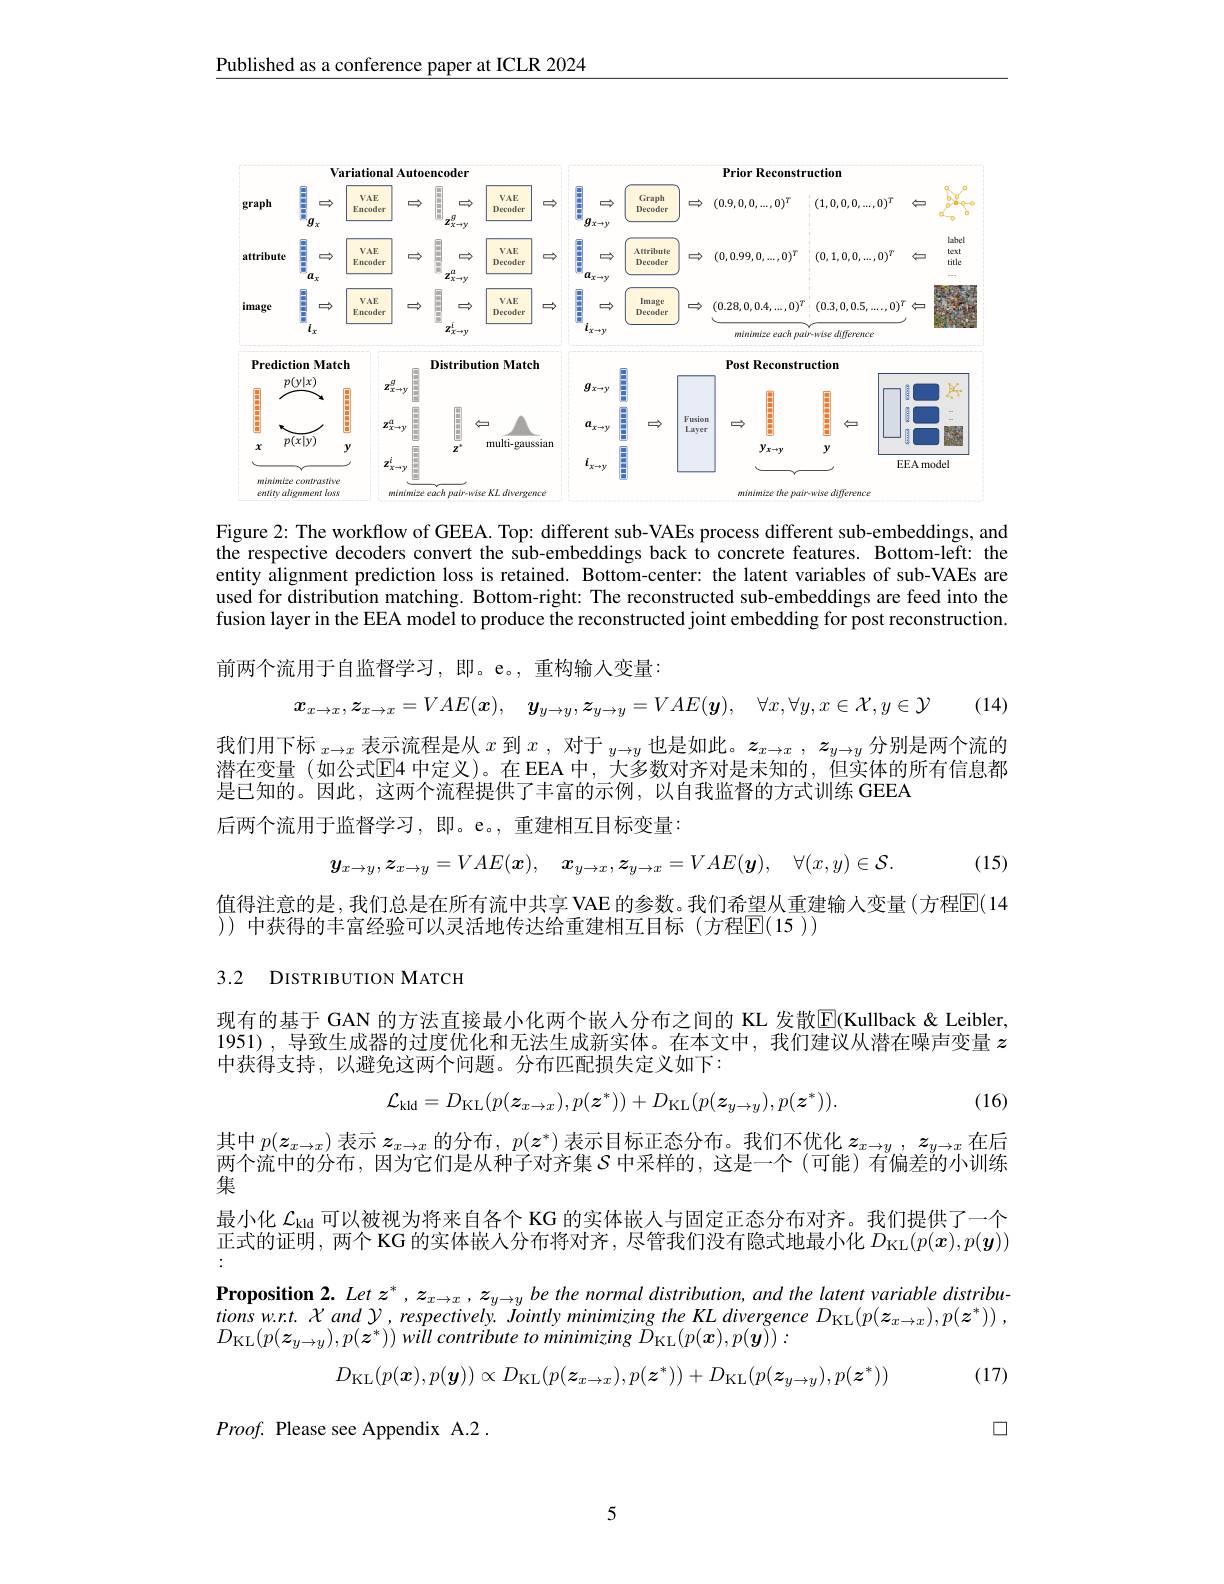
Published as a conference paper at ICLR 2024

<FigureHere>

Figure 2: The workflow of GEEA. Top: different sub-VAEs process different sub-embeddings, and the respective decoders convert the sub-embeddings back to concrete features. Bottom-left: the entity alignment prediction loss is retained. Bottom-center: the latent variables of sub-VAEs are used for distribution matching. Bottom-right: The reconstructed sub-embeddings are feed into the fusion layer in the EEA model to produce the reconstructed joint embedding for post reconstruction.

前两个流用于自监督学习，即。e。,重构输入变量：
$$\boldsymbol{x}_{x\to x},\boldsymbol{z}_{x\to x}=VAE(\boldsymbol{x}),\quad\boldsymbol{y}_{y\to y},\boldsymbol{z}_{y\to y}=VAE(\boldsymbol{y}),\quad\forall x,\forall y,x\in\mathcal{X},y\in\mathcal{Y}$$
(14)

我们用下标$_x\to x$表示流程是从$x$到$x$,对于$_y\to y$也是如此。$z_x\to x,z_{y\to y}$分别是两个流的潜在变量(如公式$\overline{\mathrm{E}}$4 中定义)。在 EEA 中，大多数对齐对是未知的，但实体的所有信息都是已知的。因此，这两个流程提供了丰富的示例，以自我监督的方式训练 GEEA
后两个流用于监督学习，即。e。,重建相互目标变量：
$$y_{x\to y},z_{x\to y}=VAE(\boldsymbol{x}),\quad\boldsymbol{x}_{y\to x},\boldsymbol{z}_{y\to x}=VAE(\boldsymbol{y}),\quad\forall(x,y)\in\mathcal{S}.$$
(15)

值得注意的是，我们总是在所有流中共享 VAE 的参数。我们希望从重建输人变量(方程$\overline{\mathrm{E}}(14$
)) 中获得的丰富经验可以灵活地传达给重建相互目标(方程$\boxed{\mathrm{E}}(15))$

## 3.2 DISTRIBUTION MATCH

现有的基于 GAN 的方法直接最小化两个嵌人分布之间的 KL 发散$\boxed{\mathrm{F}}($Kullback & Leibler, 1951),导致生成器的过度优化和无法生成新实体。在本文中，我们建议从潜在噪声变量$z$ 中获得支持，以避免这两个问题。分布匹配损失定义如下：

(16)
$$\mathcal{L}_{\mathrm{kld}}=D_{\mathrm{KL}}(p(\boldsymbol{z}_{x\to x}),p(\boldsymbol{z}^{*}))+D_{\mathrm{KL}}(p(\boldsymbol{z}_{y\to y}),p(\boldsymbol{z}^{*})).$$
其中$p(\boldsymbol{z}_x\to x)$表示$\boldsymbol{z}_x\to x$的分布$,p(\boldsymbol{z}^*)$表示目标正态分布。我们不优化$\boldsymbol{z}_x\to y,\boldsymbol{z}_{y\to x}$在后两个流中的分布，因为它们是从种子对齐集$\mathcal{S}$中采样的，这是一个 (可能)有偏差的小训练

集
最小化$\mathcal{L}_\mathrm{kld}$可以被视为将来自各个 KG 的实体嵌人与固定正态分布对齐。我们提供了一个正式的证明，两个 KG 的实体嵌人分布将对齐，尽管我们没有隐式地最小化$D_{\mathrm{KL}}(p(\boldsymbol{x}),p(\boldsymbol{y}))$ :

$\textbf{Proposition 2.  Let }z^{* }, z_{x\to x}, z_{y\to y}\text{ be the normal distribution,  and the latent variable distributions wr. t.  X and Y,  respectively.  Jointly minimizing the KL divergence D}_{\mathrm{KL}}( p( z_{x\to x}) , p( z^{* }) )$ ,
$D_{\mathrm{KL}}(p(\boldsymbol{z}_{y\to y}),p(\boldsymbol{z}^{*}))$ will contribute to minimizing $\check{D}_{\mathrm{KL}}(p(\boldsymbol{x}),p(\boldsymbol{y})):$
$$D_{\mathrm{KL}}(p(\boldsymbol{x}),p(\boldsymbol{y}))\propto D_{\mathrm{KL}}(p(\boldsymbol{z}_{x\to x}),p(\boldsymbol{z}^{*}))+D_{\mathrm{KL}}(p(\boldsymbol{z}_{y\to y}),p(\boldsymbol{z}^{*}))$$
(17)

口

Proof. Please see Appendix A.2 .

5